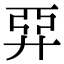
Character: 𢍐